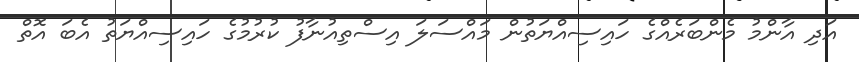
އަދި އާންމު މެންބަރެއްގެ ހައިސިއްޔަތުން މައްސަލަ އިސްތިއުނާފު ކުރުމުގެ ހައިސިއްޔަތު އެބަ އޮތް